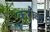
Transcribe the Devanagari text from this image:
करोक